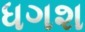
ધગશ